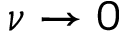
\nu \to 0